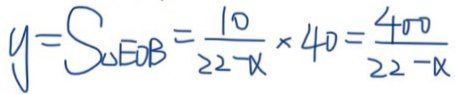
y = S _ { \Delta E B } = \frac { 1 0 } { 2 2 - \alpha } \times 4 0 = \frac { 4 0 0 } { 2 2 - \alpha }